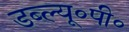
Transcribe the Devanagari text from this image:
डब्ल्यू॰पी॰